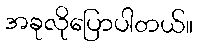
အခုလိုပြောပါတယ်။